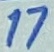
Text: 17